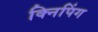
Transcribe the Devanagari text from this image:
क्निपिंग